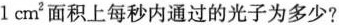
1cm^{2}面积上每秒内通过的光子为多少?